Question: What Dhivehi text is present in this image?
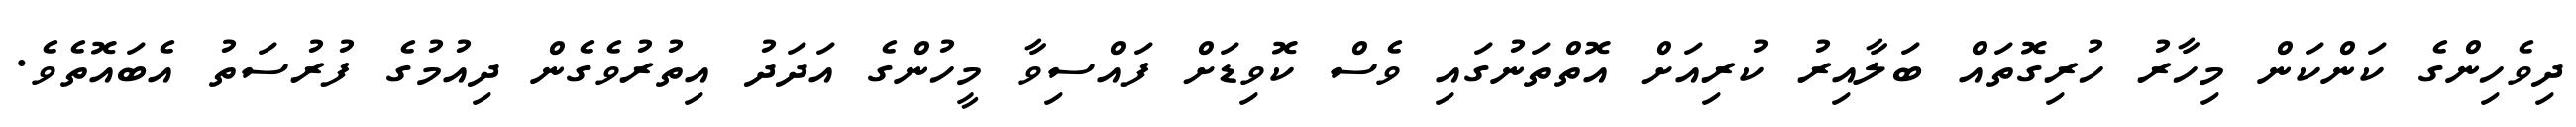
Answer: ދިވެހިންގެ ކަންކަން މިހާރު ހުރިގޮތައް ބަލާއިރު ކުރިއަށް އޮތްތަނުގައި ވެސް ކޮވިޑަށް ފައްސިވާ މީހުންގެ އަދަދު އިތުރުވެގެން ދިއުމުގެ ފުރުސަތު އެބައޮތެވެ.